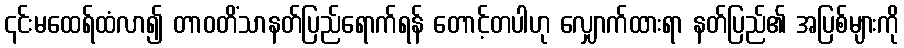
၎င်းမထေရ်ထံလာ၍ တာဝတိံသာနတ်ပြည်ရောက်ရန် တောင့်တပါဟု လျှောက်ထားရာ နတ်ပြည်၏ အပြစ်များကို